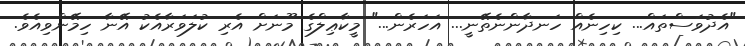
"އެދުވަސްތައް... ކިހިނެއް ހަނދާންނެތޭނީ... އަހަރެން..." މީކާޢިލްގެ މޫނަށް އެރި ކުލަވަރާއެކު އޭނާ ހިމޭންވިއެވެ.